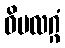
ဝိမလဂ္ဂံ